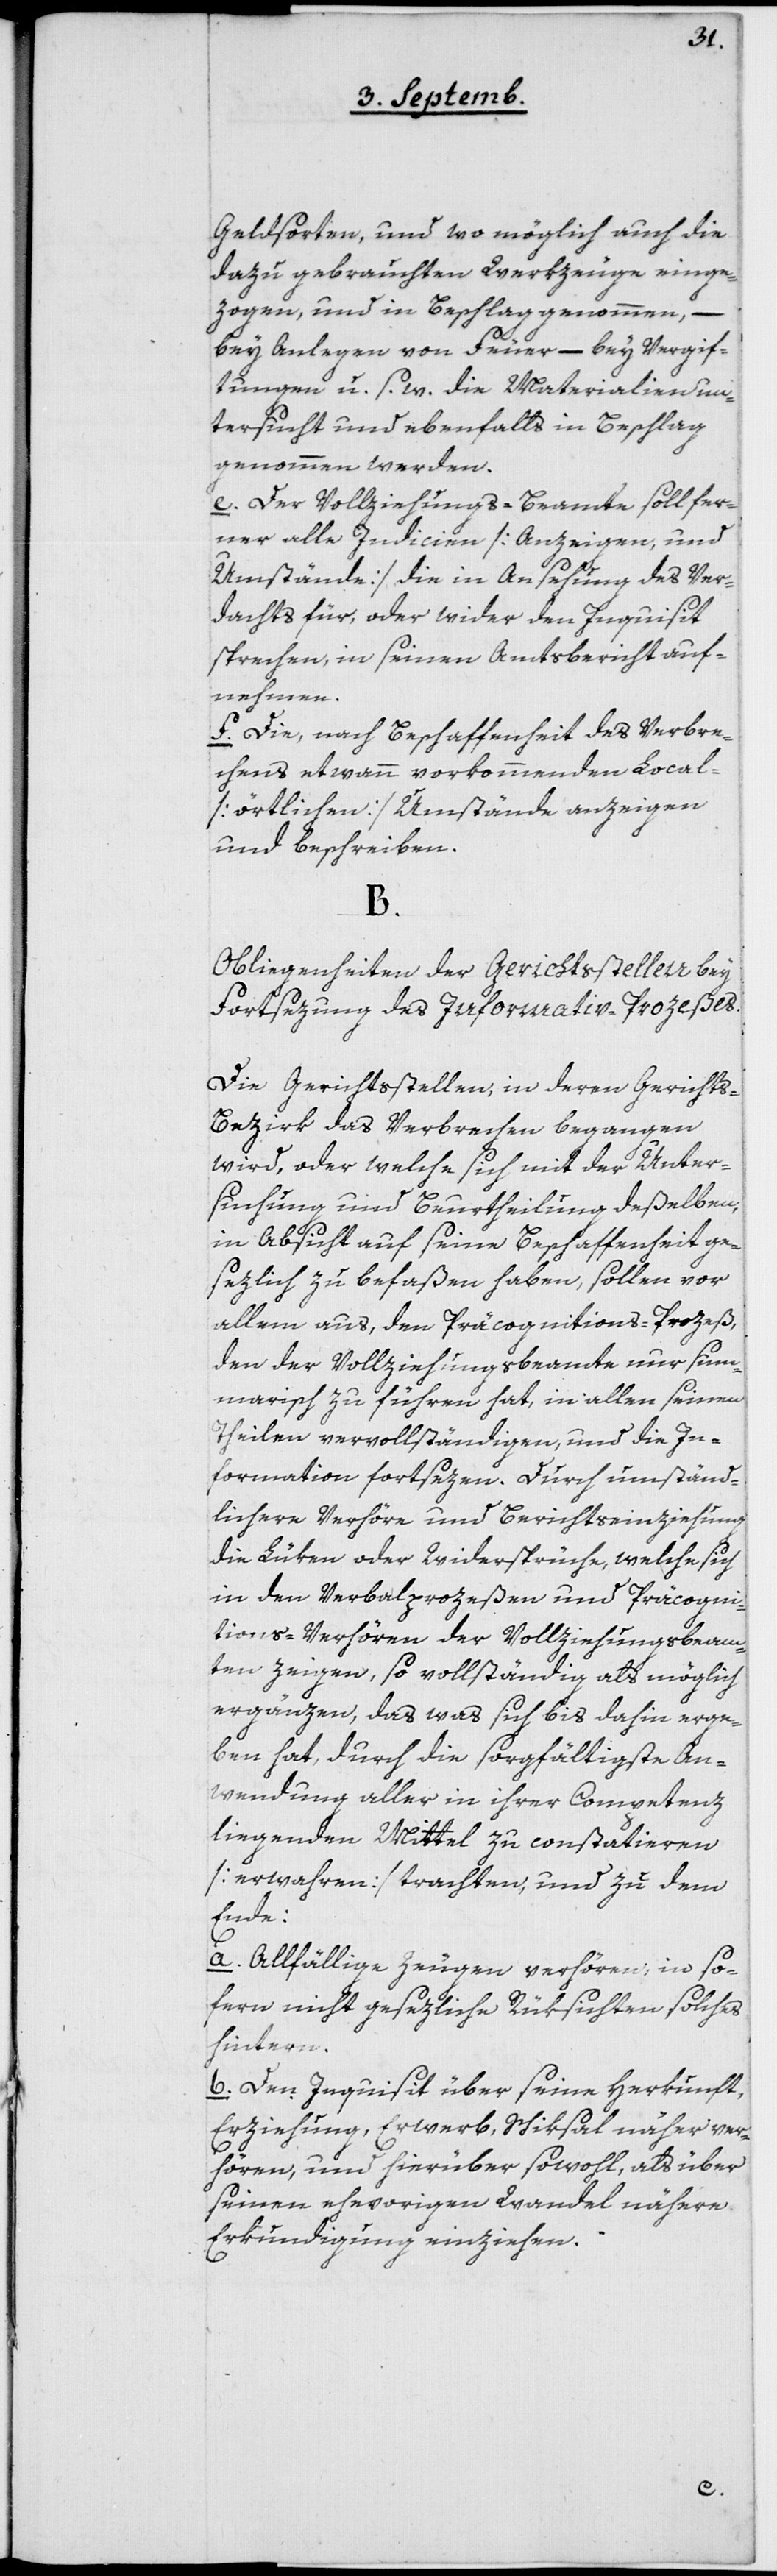
Geldsorten, und wo möglich auch die
dazu gebrauchten Werkzeuge einge¬
zogen, und in Beschlag genommen, –
bey Anlegen von Feuer, – bei Vergif¬
tungen u. s. w., die Materialien un¬
tersucht und ebenfalls in Beschlag
genommen werden.
c. Der Vollziehungs-Beamte soll fer¬
ner alle Indicien [Anzeigen und
Umstände], die in Ansehung des Ver¬
dachts für, oder wider den Inquisit
sprechen, in seinem Amtsbericht auf¬
nehmen.
f. Die, nach Beschaffenheit des Verbre¬
chens etwann vorkommenden Local-
[örtlichen] Umstände anzeigen
und beschreiben.
B.
Obliegenheiten der Gerichtsstellen bey
Fortsezung des Informativ-Prozeßes.
Die Gerichtsstellen, in deren Gerichts-B¬
ezirk das Verbrechen begangen
wird, oder welche sich mit der Unter¬
suchung und Beurtheilung deßelben,
in Absicht auf seine Beschaffenheit ge¬
sezlich zu befaßen haben, sollen vor
allem aus, den Präcognitions-Prozeß
den der Vollziehungsbeamte nur sum¬
marisch zu führen hat, in allen seinen
Theilen vervollständigen und die In¬
formation fortsezen. Durch umständ¬
lichere Verhöre und Berichtseinziehung
die Lüken oder Widersprüche, welche sich
in den Verbalpozeßen und Präcogni¬
tions-Verhören der Vollziehungsbeam¬
ten zeigen, so vollständig als möglich
ergänzen, das was sich bis dahin erge¬
ben hat, durch die sorgfältigste An¬
wendung aller in ihrer Competenz
liegenden Mittel zu constatieren
[erwahren] trachten, und zu dem
Ende:
a. Allfällige Zeugen verhören, inso¬
fern nicht gesezliche Rüksichten solches
hindern.
b. Den Inquisit über seine Herkunft,
Erziehung, Erwerb, Schiksal näher ver¬
hören, und hierüber sowohl, als über
seinen ehevorigen Wandel nähere
Erkundigung einziehen.